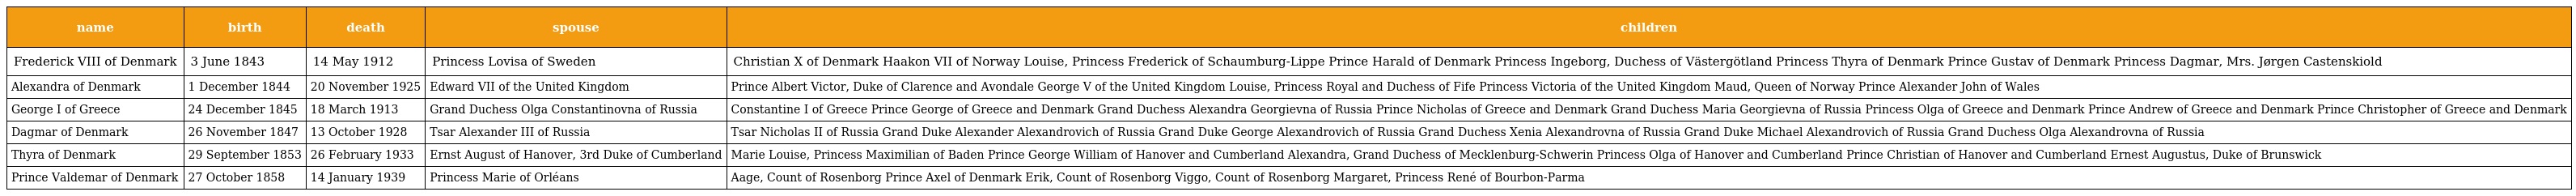
| name | birth | death | spouse | children |
 | --- | --- | --- | --- | --- |
 | Frederick VIII of Denmark | 3 June 1843 | 14 May 1912 | Princess Lovisa of Sweden | Christian X of Denmark Haakon VII of Norway Louise, Princess Frederick of Schaumburg-Lippe Prince Harald of Denmark Princess Ingeborg, Duchess of Västergötland Princess Thyra of Denmark Prince Gustav of Denmark Princess Dagmar, Mrs. Jørgen Castenskiold |
 | Alexandra of Denmark | 1 December 1844 | 20 November 1925 | Edward VII of the United Kingdom | Prince Albert Victor, Duke of Clarence and Avondale George V of the United Kingdom Louise, Princess Royal and Duchess of Fife Princess Victoria of the United Kingdom Maud, Queen of Norway Prince Alexander John of Wales |
 | George I of Greece | 24 December 1845 | 18 March 1913 | Grand Duchess Olga Constantinovna of Russia | Constantine I of Greece Prince George of Greece and Denmark Grand Duchess Alexandra Georgievna of Russia Prince Nicholas of Greece and Denmark Grand Duchess Maria Georgievna of Russia Princess Olga of Greece and Denmark Prince Andrew of Greece and Denmark Prince Christopher of Greece and Denmark |
 | Dagmar of Denmark | 26 November 1847 | 13 October 1928 | Tsar Alexander III of Russia | Tsar Nicholas II of Russia Grand Duke Alexander Alexandrovich of Russia Grand Duke George Alexandrovich of Russia Grand Duchess Xenia Alexandrovna of Russia Grand Duke Michael Alexandrovich of Russia Grand Duchess Olga Alexandrovna of Russia |
 | Thyra of Denmark | 29 September 1853 | 26 February 1933 | Ernst August of Hanover, 3rd Duke of Cumberland | Marie Louise, Princess Maximilian of Baden Prince George William of Hanover and Cumberland Alexandra, Grand Duchess of Mecklenburg-Schwerin Princess Olga of Hanover and Cumberland Prince Christian of Hanover and Cumberland Ernest Augustus, Duke of Brunswick |
 | Prince Valdemar of Denmark | 27 October 1858 | 14 January 1939 | Princess Marie of Orléans | Aage, Count of Rosenborg Prince Axel of Denmark Erik, Count of Rosenborg Viggo, Count of Rosenborg Margaret, Princess René of Bourbon-Parma |